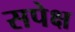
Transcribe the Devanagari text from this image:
सपेक्ष